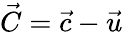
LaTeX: \vec{C}=\vec{c}-\vec{u}